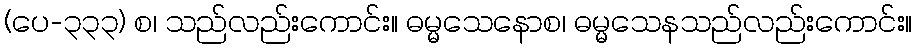
(ပေ-၃၃၃) စ၊ သည်လည်းကောင်း။ ဓမ္မသေနောစ၊ ဓမ္မသေနသည်လည်းကောင်း။